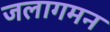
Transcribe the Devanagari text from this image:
जलागमन